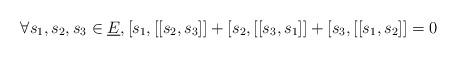
LaTeX: \begin{align*}\forall s_{1},s_{2},s_{3}\in\underline{E},[s_{1},[[s_{2},s_{3}]]+[s_{2},[[s_{3},s_{1}]]+[s_{3},[[s_{1},s_{2}]]=0\end{align*}